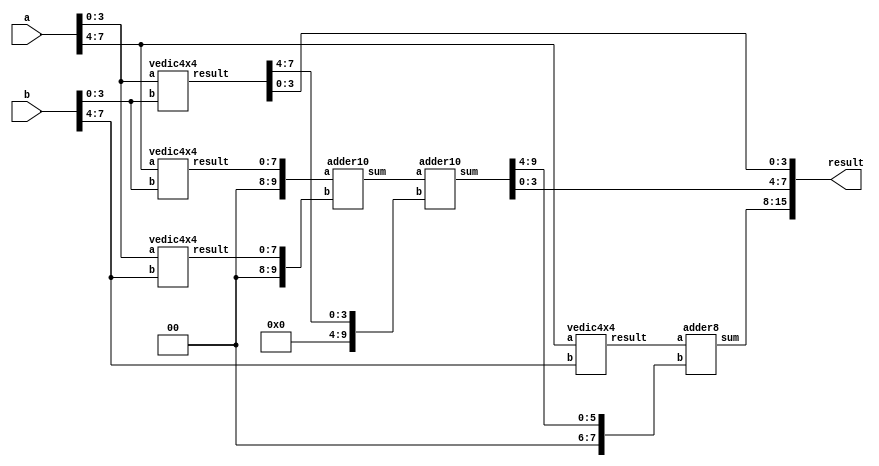
`timescale 1ns / 1ps
//////////////////////////////////////////////////////////////////////////////////
// Company: 
// Engineer: 
// 
// Design Name: 
// Module Name:    vedic8x8 
// Project Name: 
// Target Devices: 
// Tool versions: 
// Description: 
//
// Dependencies: 
//
// Revision: 
// Revision 0.01 - File Created
// Additional Comments: 
//
//////////////////////////////////////////////////////////////////////////////////
module vedic8x8(a, b, result);

    input  [7:0] a,b;
    output [15:0] result;
    wire [15:0] result;

wire [7:0] temp1;
wire [7:0] temp2;
wire [7:0] temp3;
wire [9:0] temp4;
wire [9:0] temp5;
wire [7:0] temp6;
wire [7:0] temp7;

vedic4x4 M1(a[3:0], b[3:0], temp1);
assign result[3:0] = temp1[3:0];

vedic4x4 M2(a[7:4], b[3:0], temp2);
vedic4x4 M3(a[3:0], b[7:4], temp3);

adder10 A1({2'b00, temp2}, {2'b00,temp3}, temp4);
adder10 A2(temp4, {6'b000000, temp1[7:4]}, temp5);
assign result[7:4] = temp5[3:0];

vedic4x4 M4(a[7:4], b[7:4], temp6);
adder8 A3(temp6, {2'b00,temp5[9:4]}, temp7);

assign result[15:8] = temp7;

endmodule

module vedic4x4(a, b, result);

    input  [3:0] a,b;
    output [7:0] result;
    wire [7:0] result;

wire [3:0] temp1;
wire [3:0] temp2;
wire [3:0] temp3;
wire [5:0] temp4;
wire [5:0] temp5;
wire [3:0] temp6;
wire [3:0] temp7;
wire [5:0] w1;

vedic_2x2 V1(a[1:0], b[1:0], temp1);
assign result[1:0] = temp1[1:0];

vedic_2x2 V2(a[3:2], b[1:0], temp2);
vedic_2x2 V3(a[1:0], b[3:2], temp3);

assign w1 = {4'b0000, temp1[3:2]};

adder6 A1({2'b00, temp3}, {2'b00, temp2}, temp4);
adder6 A2(temp4, w1, temp5);

assign result[3:2] = temp5[1:0];

vedic_2x2 V4(a[3:2], b[3:2], temp6);

adder4 A3(temp6, temp5[5:2], temp7);
assign result[7:4] = temp7;


endmodule

module vedic_2x2 (a, b, result);
    input [1:0] a,b;
    output [3:0] result;

    wire [3:0] w;
    
    
    assign result[0]= a[0]&b[0];
    assign w[0]     = a[1]&b[0];
    assign w[1]     = a[0]&b[1];
    assign w[2]     = a[1]&b[1];

    halfAdder H0(w[0], w[1], result[1], w[3]);
    halfAdder H1(w[2], w[3], result[2], result[3]);    
    
endmodule

module halfAdder(a,b,sum,carry);
    input a,b;
    output sum, carry;

assign sum   = a ^ b;
assign carry = a & b;

endmodule

module adder4(a,b,sum);

input [3:0] a,b;
output [3:0] sum;
wire [3:0] sum;

assign sum = a + b;

endmodule

module adder6(a,b,sum);

input [5:0] a,b;
output [5:0] sum;
wire [5:0] sum;

assign sum = a + b;

endmodule

module adder8(a,b,sum);

input [7:0] a,b;
output [7:0] sum;
wire [7:0] sum;

assign sum = a + b;

endmodule

module adder10(a,b,sum);

input [9:0] a,b;
output [9:0] sum;
wire [9:0] sum;

assign sum = a + b;

endmodule